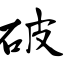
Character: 破